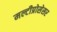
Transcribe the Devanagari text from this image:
मल्टीप्रोसेसर